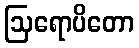
ဩရောပိတော